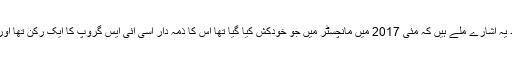
اخبار لکھتا ہے کہ اس افغان دہشت گرد سے پوچھ گچھ کے بعد یہ اشارے ملے ہیں کہ مئی 2017 میں مانچسٹر میں جو خودکش کیا گیا تھا اس کا ذمہ دار اسی آئی ایس گروپ کا ایک رکن تھا اور اسی گروپ سے گرفتار افغان شہری کا بھی تعلق پایا گیا ہے۔